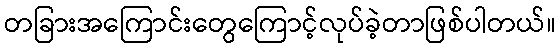
တခြားအကြောင်းတွေကြောင့်လုပ်ခဲ့တာဖြစ်ပါတယ်။